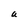
Character: U